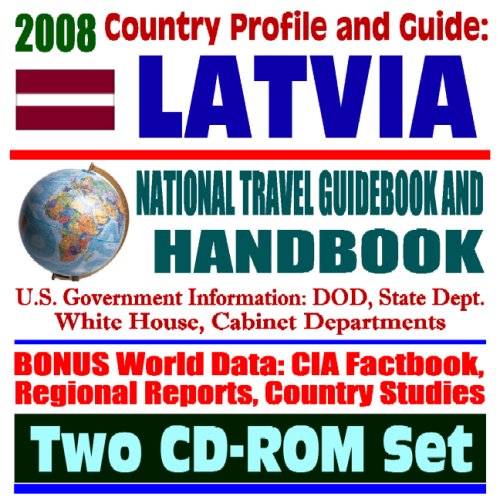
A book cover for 2008 Country Profile and Guide to Latvia- National Travel Guidebook and Handbook - USAID, NATO Accession and Summit, BALTOPS, EU, Bush and Clinton (Two CD-ROM Set); U.S. Government; Travel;